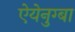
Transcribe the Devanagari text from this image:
ऐयेनुग्बा